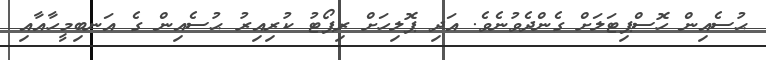
ޙުސެއިން ހޮސްޕިޓަލަށް ގެންދެވުނެވެ. އަދި ޕޮލިހަށް ރިޕޯޓު ކުރިއިރު ޙުސެއިން ގެ އަނބިމީހާއާއި